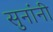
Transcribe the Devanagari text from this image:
सुनांनी